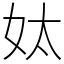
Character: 𡛕